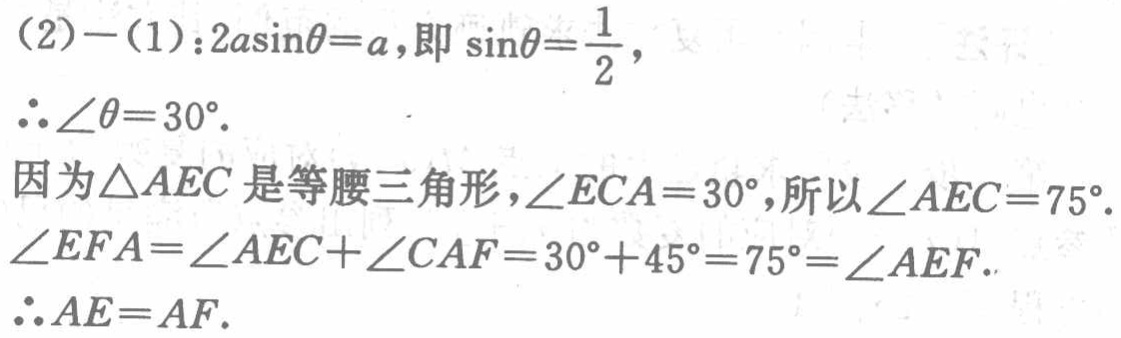
(2)$-$(1)：$2a\sin\theta = a$，即$\sin\theta=\frac{1}{2}$，
$\therefore\angle\theta = 30^{\circ}$.
因为$\triangle AEC$是等腰三角形，$\angle ECA = 30^{\circ}$，所以$\angle AEC = 75^{\circ}$.
$\angle EFA=\angle AEC+\angle CAF = 30^{\circ}+45^{\circ}=75^{\circ}=\angle AEF$.
$\therefore AE = AF$.